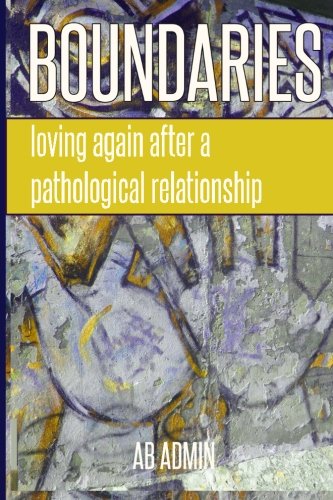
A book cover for Boundaries: Loving Again After a Pathological Relationship; AB Admin; Self-Help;